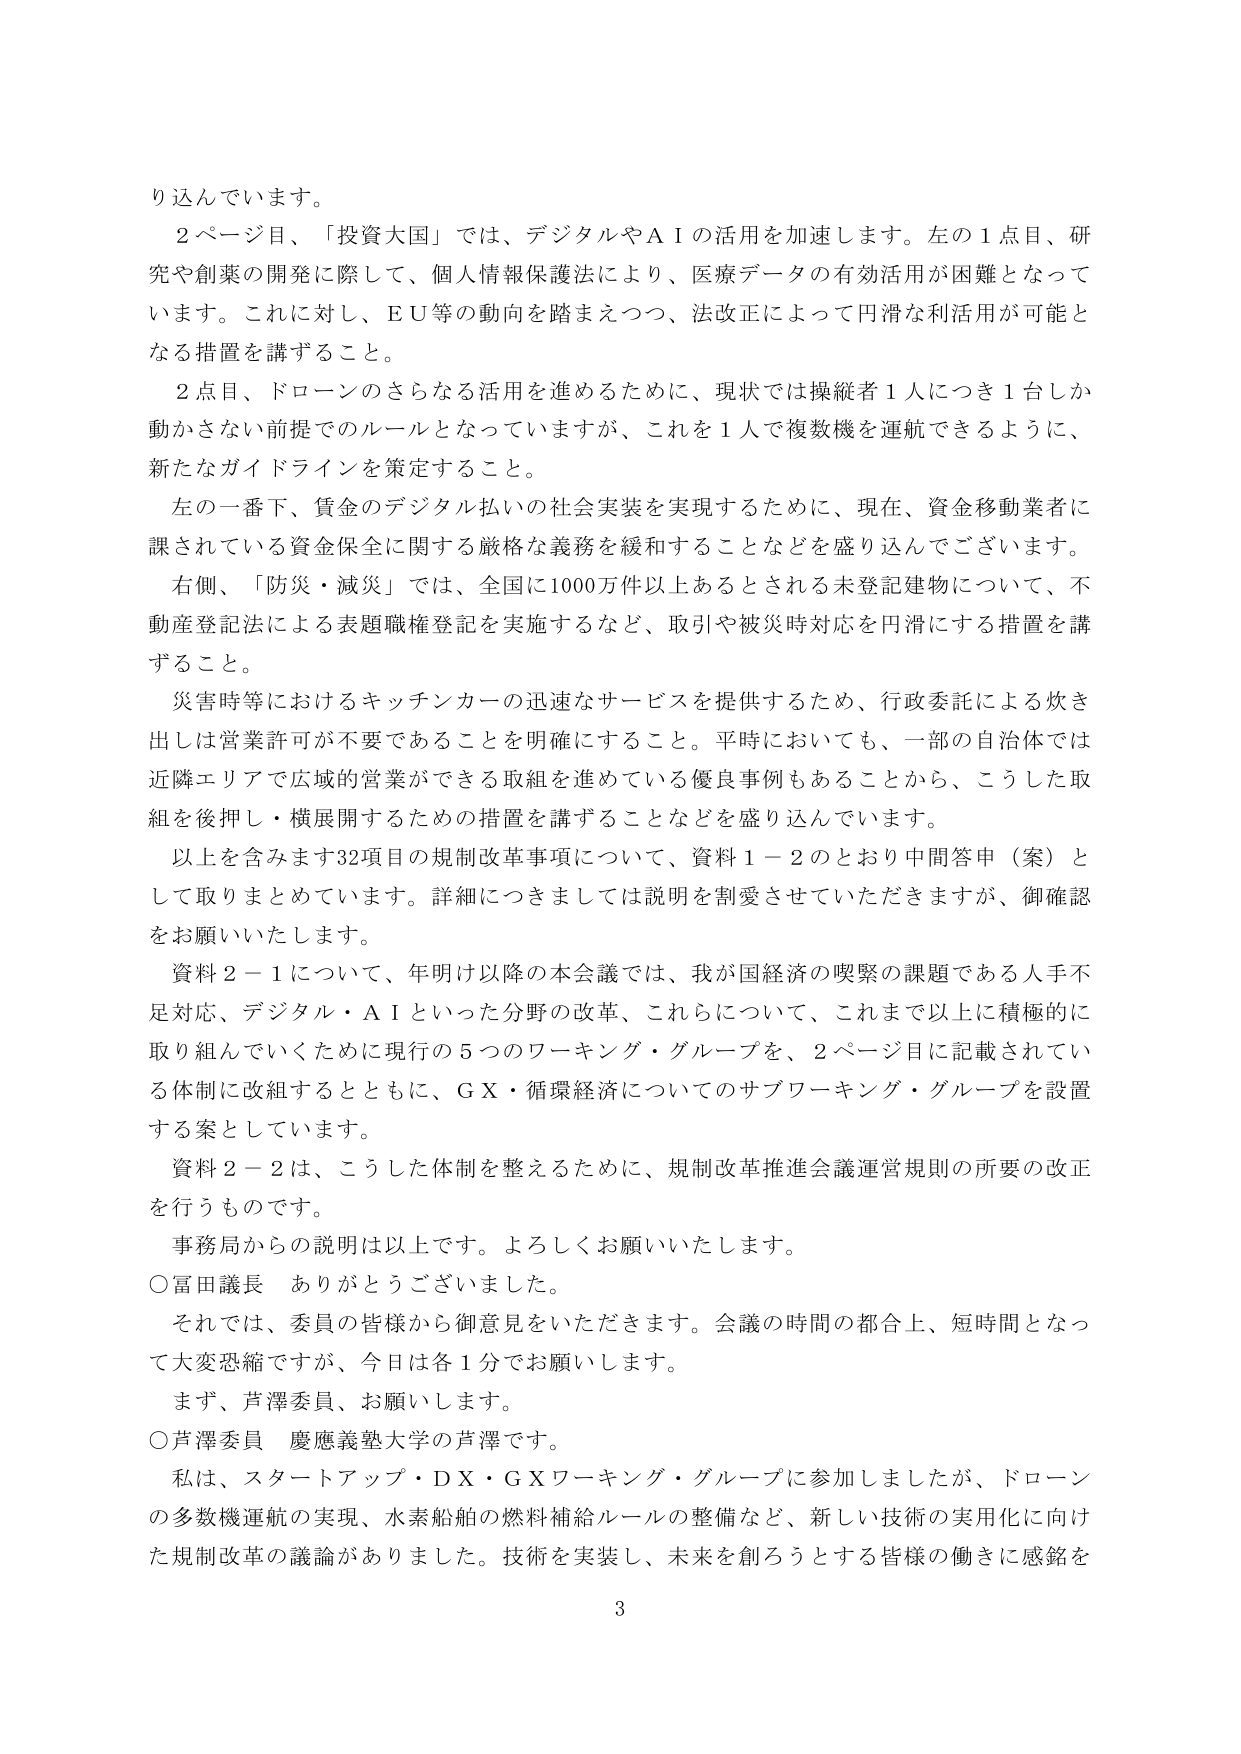
り込んでいます。

２ページ目、「投資大国」では、デジタルやＡＩの活用を加速します。左の１点目、研究や創業の開発に際して、個人情報保護法により、医療データの有効活用が困難となっています。これに対し、ＥＵ等の動向を踏まえつつ、法改正によって円滑な利活用が可能となる措置を講ずること。

２点目、ドローンのさらなる活用を進めるために、現状では操縦者１人につき１台しか動かさない前提でのルールとなっていますが、これを１人で複数機を運航できるように、新たなガイドラインを策定すること。

左の一番下、賃金のデジタル払いの社会実装を実現するために、現在、資金移動業者に課されている資金保全に関する厳格な義務を緩和することなどを盛り込んでございます。

右側、「防災・減災」では、全国に1000万件以上あるとされる未登記建物について、不動産登記法による表題職権登記を実施するなど、取引や被災時対応を円滑にする措置を講ずること。

災害時等におけるキッチンカーの迅速なサービスを提供するため、行政委託による炊き出しは営業許可が不要であることを明確にすること。平時においても、一部の自治体では近隣エリアで広域の営業ができる取組を進めている優良事例もあることから、こうした取組を後押し・横展開するための措置を講ずることなどを盛り込んでいます。

以上を含みます32項目の規制改革事項について、資料１－２のとおり中間答申（案）として取りまとめています。詳細につきましては説明を割愛させていただきますが、御確認をお願いいたします。

資料２－１について、年明け以降の本会議では、我が国経済の喫緊の課題である人手不足対応、デジタル・ＡＩといった分野の改革、これらについて、これまで以上に積極的に取り組んでいくために現行の５つのワーキング・グループを、２ページ目に記載されている体制に改組するとともに、ＧＸ・循環経済についてのサブワーキング・グループを設置する案としています。

資料２－２は、こうした体制を整えるために、規制改革推進会議運営規則の所要の改正を行うものです。

事務局からの説明は以上です。よろしくお願いいたします。

○冨田議長　ありがとうございました。

それでは、委員の皆様から御意見をいただきます。会議の時間の都合上、短時間となって大変恐縮ですが、今日は各１分でお願いします。

まず、芦澤委員、お願いします。

○芦澤委員　慶應義塾大学の芦澤です。

私は、スタートアップ・ＤＸ・ＧＸワーキング・グループに参加しましたが、ドローンの多数機運航の実現、水素船舶の燃料補給ルールの整備など、新しい技術の実用化に向けた規制改革の議論がありました。技術を実装し、未来を創ろうとする皆様の働きに感銘を

3